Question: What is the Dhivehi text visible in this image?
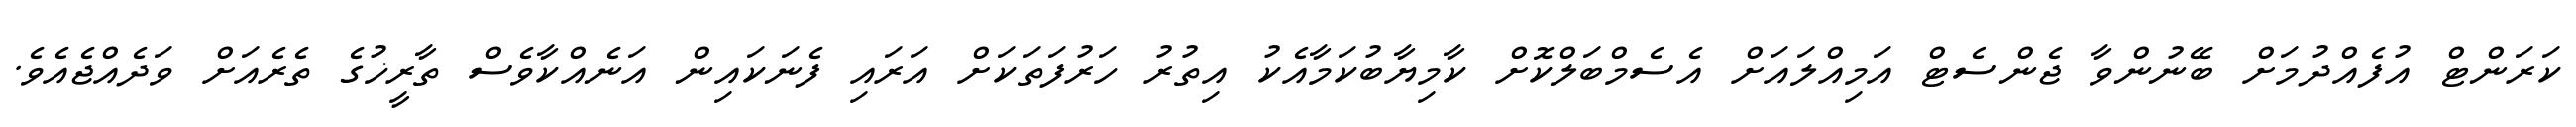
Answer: ކަރަންޓް އުފެއްދުމަށް ބޭނުންވާ ޖެންސެޓް އަމިއްލައަށް އެސެމްބަލްކޮށް ކާމިޔާބުކަމާއެކު އިތުރު ހަރުފަތަކަށް އަރައި ފެނަކައިން އަނެއްކާވެސް ތާރީޚުގެ ތެރެއަށް ވަދެއްޖެއެވެ.